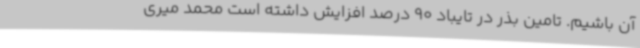
آن باشیم. تامین بذر در تایباد 90 درصد افزایش داشته است محمد میری‌